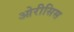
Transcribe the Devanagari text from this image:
ओरीसिस